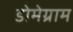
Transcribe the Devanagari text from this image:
डोमेग्राम